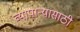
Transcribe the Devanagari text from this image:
व्यापार्‍यासाठी